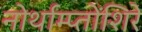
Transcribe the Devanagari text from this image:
नोर्थाम्प्तोंशिरे